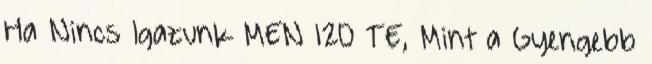
Ha Nincs Igazunk MEN 120 TE, Mint a Gyengebb